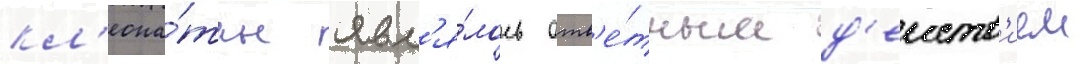
кл'еопа́тры явл'я́лось отв'е́тным д'еиств'ием